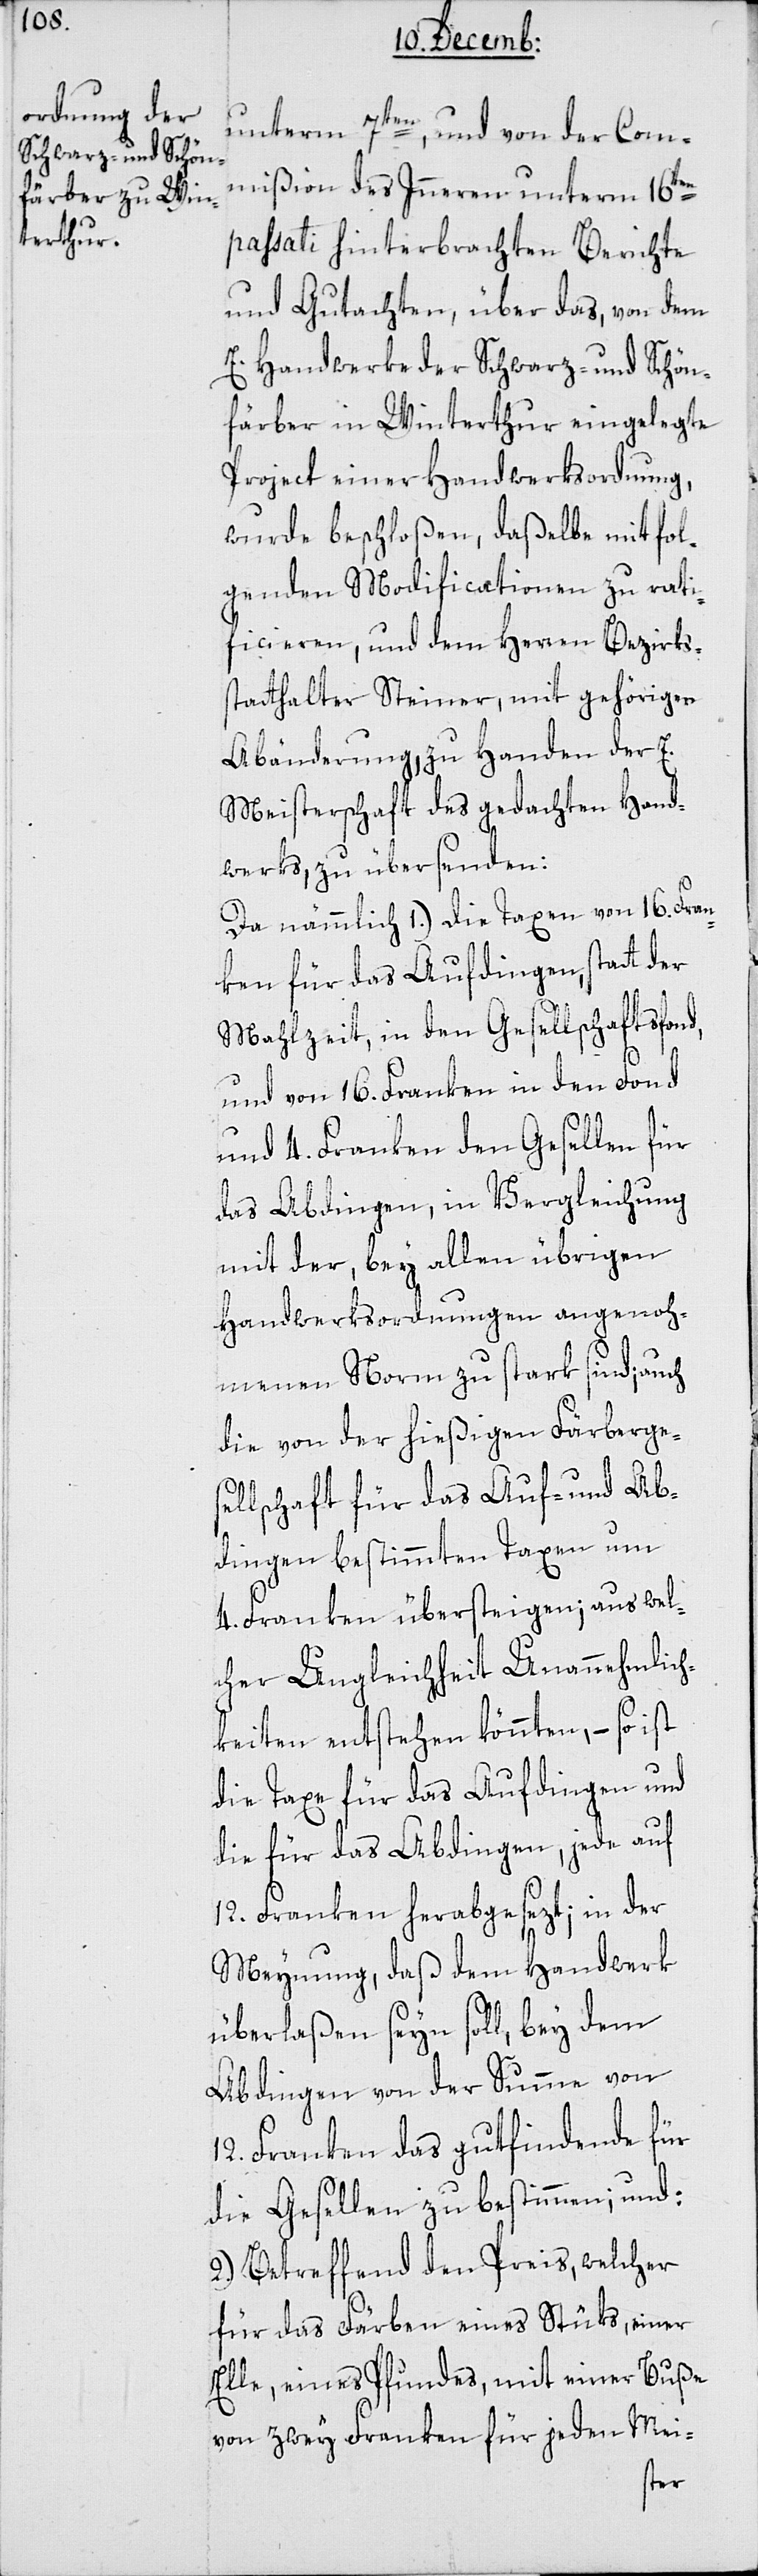
unterm 7ten, und von der Com¬
mißion des Inneren unterm 16ten
passati hinterbrachten Berichte
und Gutachten, über das, von dem
E. Handwerke der Schwarz- und Schön¬
färber in Winterthur eingelegte
Project einer Handwerksordnung,
wurde beschloßen, daßelbe mit fol¬
genden Modificationen zu rati¬
ficieren, und dem Herren Bezirks¬
statthalter Steiner, mit gehöriger
Abänderung, zu Handen der E.
Meisterschaft des gedachten Hand¬
werks, zu übersenden:
Da nämlich 1.) die Taxen von 16. Fran¬
ken für das Aufdingen, statt der
Mahlzeit, in den Gesellschaftsfond,
und von 16. Franken in den Fond
und 4. Franken den Gesellen für
das Abdingen, in Vergleichung
mit der, bey allen übrigen
Handwerksordnungen angenoh¬
menen Norm zu stark sind; auch
die von der hießigen Färberges¬
ellschaft für das Auf- und Ab¬
dingen bestimmten Taxen um
4. Franken übersteigen; aus wel¬
cher Ungleichheit Unannehmlic¬
hkeiten entstehen könnten, – so ist
die Taxe für das Aufdingen und
die für das Abdingen, jede auf
12. Franken herabgesezt; in der
Meynung, daß dem Handwerk
überlaßen seyn soll, bey dem
Abdingen von der Summe von
12. Franken das gutfindende für
die Gesellen zu bestimmen; und:
2.) Betreffend den Preis, welcher
für das Färben eines Stüks, einer
Elle, eines Pfundes, mit einer Buße
von zwey Franken für jeden Mei-